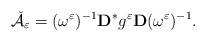
LaTeX: \begin{align*}\check{\mathcal{A}}_\varepsilon =(\omega ^\varepsilon )^{-1}\mathbf{D}^* g^\varepsilon \mathbf{D}(\omega ^\varepsilon )^{-1}.\end{align*}